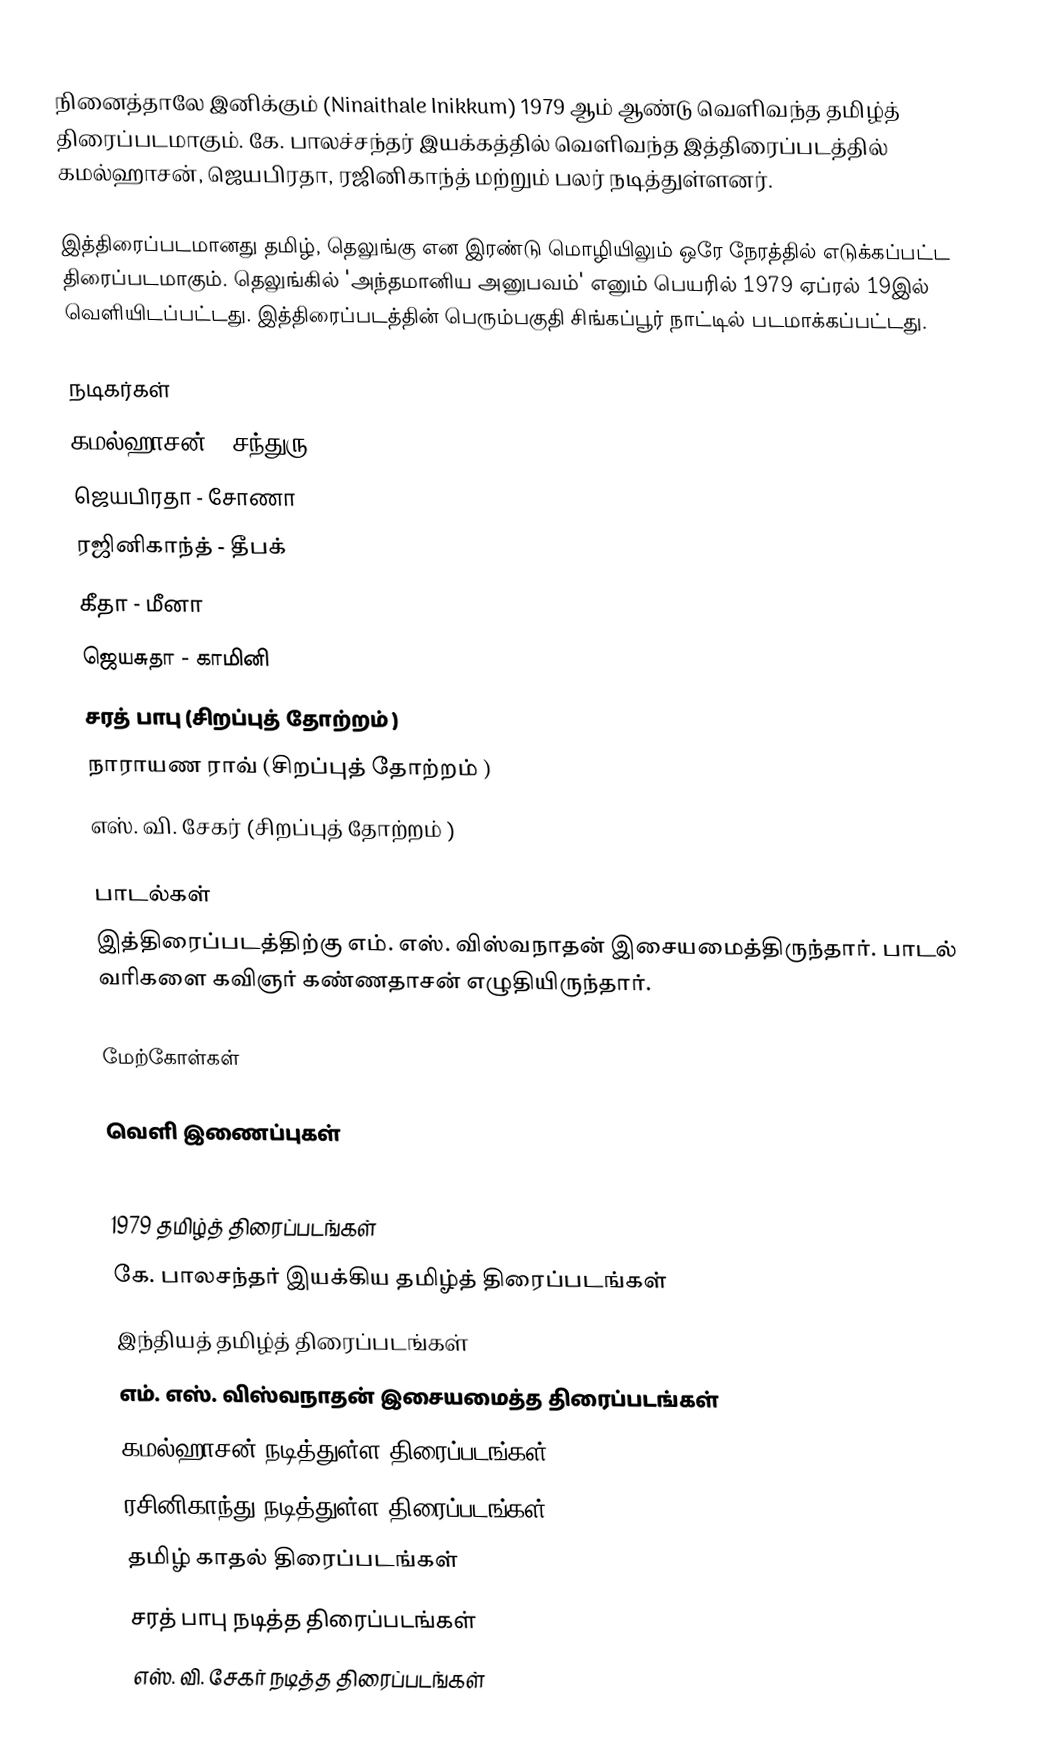
நினைத்தாலே இனிக்கும் (Ninaithale Inikkum) 1979 ஆம் ஆண்டு வெளிவந்த தமிழ்த் திரைப்படமாகும். கே. பாலச்சந்தர் இயக்கத்தில் வெளிவந்த இத்திரைப்படத்தில் கமல்ஹாசன், ஜெயபிரதா, ரஜினிகாந்த் மற்றும் பலர் நடித்துள்ளனர்.

இத்திரைப்படமானது தமிழ், தெலுங்கு என இரண்டு மொழியிலும் ஒரே நேரத்தில் எடுக்கப்பட்ட திரைப்படமாகும். தெலுங்கில் 'அந்தமானிய அனுபவம்' எனும் பெயரில் 1979 ஏப்ரல் 19இல் வெளியிடப்பட்டது. இத்திரைப்படத்தின் பெரும்பகுதி சிங்கப்பூர் நாட்டில் படமாக்கப்பட்டது.

நடிகர்கள்
 கமல்ஹாசன் - சந்துரு
 ஜெயபிரதா - சோணா
 ரஜினிகாந்த் - தீபக்
கீதா - மீனா
 ஜெயசுதா - காமினி
 சரத் பாபு (சிறப்புத் தோற்றம் )
 நாராயண ராவ் (சிறப்புத் தோற்றம் )
 எஸ். வி. சேகர் (சிறப்புத் தோற்றம் )

பாடல்கள்
இத்திரைப்படத்திற்கு எம். எஸ். விஸ்வநாதன் இசையமைத்திருந்தார். பாடல் வரிகளை கவிஞர் கண்ணதாசன் எழுதியிருந்தார்.

மேற்கோள்கள்

வெளி இணைப்புகள்

1979 தமிழ்த் திரைப்படங்கள்
கே. பாலசந்தர் இயக்கிய தமிழ்த் திரைப்படங்கள்
இந்தியத் தமிழ்த் திரைப்படங்கள்
எம். எஸ். விஸ்வநாதன் இசையமைத்த திரைப்படங்கள்
கமல்ஹாசன் நடித்துள்ள திரைப்படங்கள்
ரசினிகாந்து நடித்துள்ள திரைப்படங்கள்
தமிழ் காதல் திரைப்படங்கள்
சரத் பாபு நடித்த திரைப்படங்கள்
எஸ். வி. சேகர் நடித்த திரைப்படங்கள்